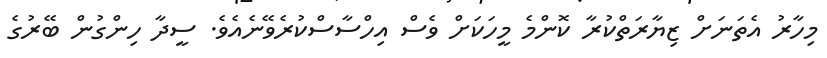
މިހާރު އެތަނަށް ޒިޔާރަތްކުރާ ކޮންމެ މީހަކަށް ވެސް އިހްސާސްކުރެވޭނެއެވެ. ސީދާ ހިންގުން ބޭރުގެ